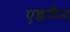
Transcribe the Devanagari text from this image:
एडमैन